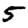
Digit: 5